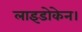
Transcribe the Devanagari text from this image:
लाइडोकेन।